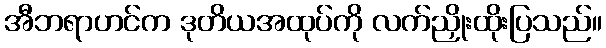
အီဘရာဟင်က ဒုတိယအထုပ်ကို လက်ညှိုးထိုးပြသည်။